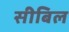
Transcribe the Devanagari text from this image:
सीबिल